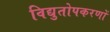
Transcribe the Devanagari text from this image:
विद्युतोपकरणों